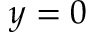
y = 0